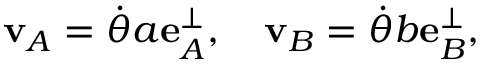
\mathbf { v } _ { A } = { \dot { \theta } } a \mathbf { e } _ { A } ^ { \perp } , \quad \mathbf { v } _ { B } = { \dot { \theta } } b \mathbf { e } _ { B } ^ { \perp } ,